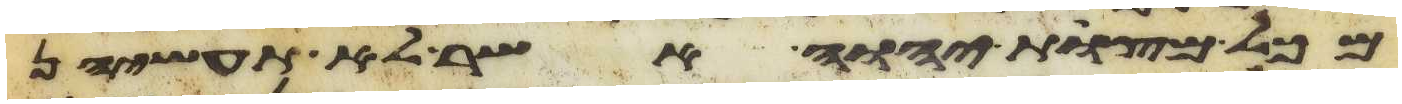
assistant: מכל מצות יהוה אשר לא תעשיהן